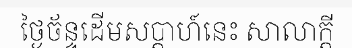
ថ្ងៃច័ន្ទដើមសប្តាហ៍នេះ សាលាក្តី